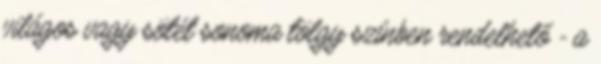
világos vagy sötét sonoma tölgy színben rendelhető - a